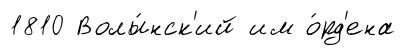
1810 Волы́нск'ий им о́рд'ена